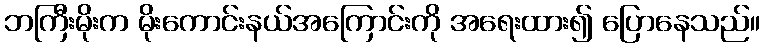
ဘကြီးမိုးက မိုးကောင်းနယ်အကြောင်းကို အရေးထား၍ ပြောနေသည်။